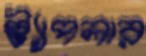
স্ট্যাপলার